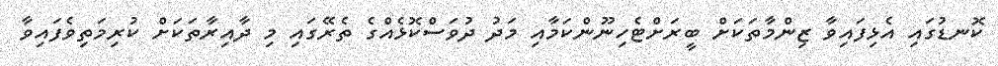
ކޮނޑުގައި އެޅިފައިވާ ޒިންމާތަކަށް ބީރަށްޓެހިނޫންކަމާއި މަދު ދުވަސްކޮޅެއްގެ ތެރޭގައި މި ދާއިރާތަކަށް ކުރިމަތިވެފައިވާ